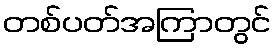
တစ်ပတ်အကြာတွင်